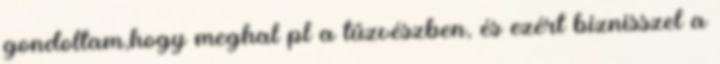
gondoltam,hogy meghal pl a tűzvészben, és ezért biznisszel a